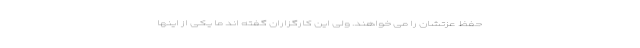
حفظ عزتشان را می خواهند. ولی این کارگزاران گفته اند ما یکی از اینها